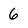
Character: 6